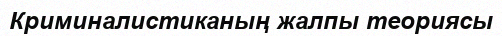
Криминалистиканың жалпы теориясы